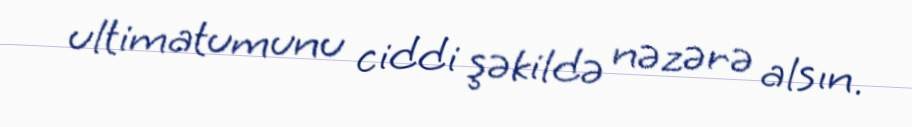
ultimatumunu ciddi şəkildə nəzərə alsın.